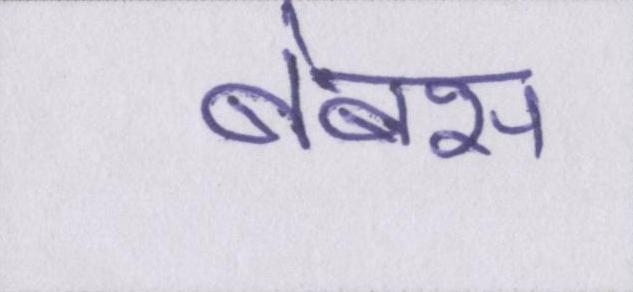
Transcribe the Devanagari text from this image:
बेबस